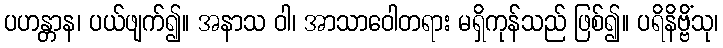
ပဟန္တာန၊ ပယ်ဖျက်၍။ အနာသ ဝါ၊ အာသာဝေါတရား မရှိကုန်သည် ဖြစ်၍။ ပရိနိဗ္ဗိံသု၊